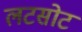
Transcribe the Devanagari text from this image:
लटसोट